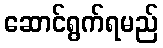
ဆောင်ရွက်ရမည်